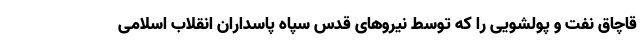
قاچاق نفت و پولشویی را که توسط نیروهای قدس سپاه پاسداران انقلاب اسلامی